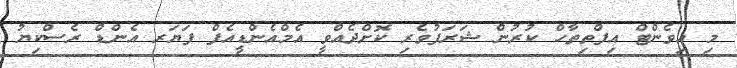
މި އިވެންޓް އިފްތިތާހް ކުރުން ޝަރަފުވެރި ކޮށްދެއްވީ އެމްއެންޑީއެފް ފަޔަރ އެންޑް ރެސްކިޔު